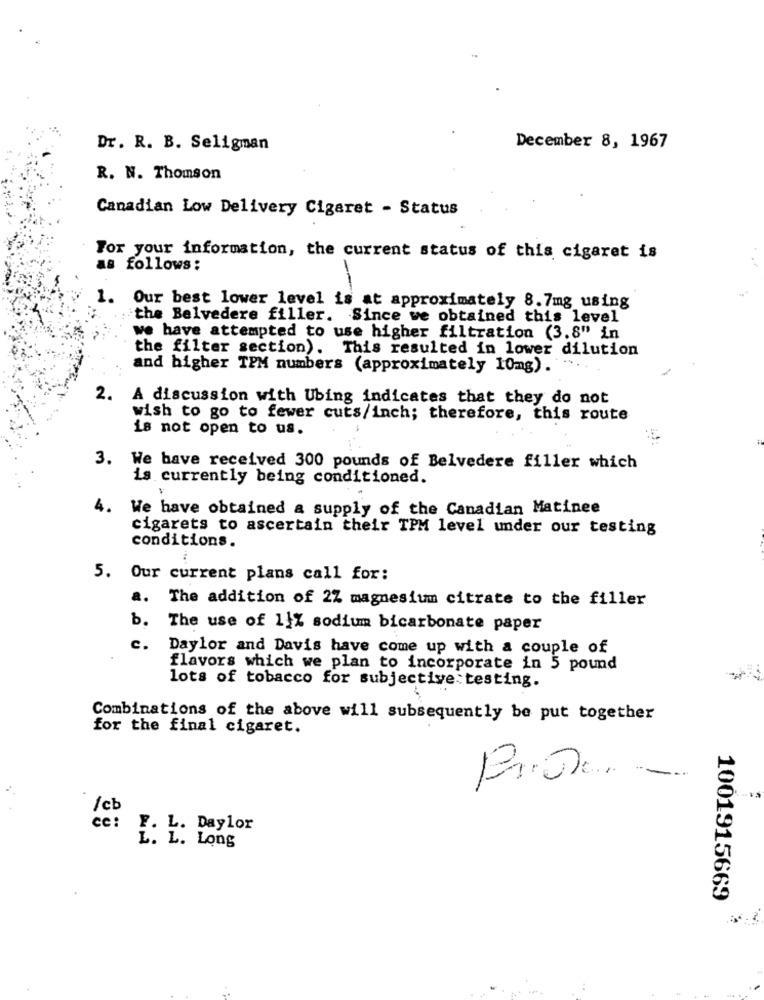
Dr. R. B. Seligman
December 8, 1967
R. N. Thomson
Canadian Low Delivery Cigaret - Status
For your information, the current status of this cigaret is
as follows:
1. Our best lower level is at approximately 8.7mg using
the Belvedere filler. Since we obtained this level
we have attempted to use higher filtration (3.8" in
the filter section). This resulted in lower dilution
and higher TPM numbers (approximately 10mg).
2. A discussion with Ubing indicates that they do not
wish to go to fewer cuts/inch; therefore, this route
is not open to us.
3.
We have received 300 pounds of Belvedere filler which
is currently being conditioned.
4. We have obtained a supply of the Canadian Matinee
cigarets to ascertain their TPM level under our testing
conditions.
5. Our current plans call for:
a.
The addition of 2Z magnesium citrate to the filler
b. The use of 1}% sodium bicarbonate paper
c.
Daylor and Davis have come up with a couple of
flavors which we plan to incorporate in 5 pound
lots of tobacco for subjective testing.
Combinations of the above will subsequently be put together
for the final cigaret.
/ cb
cc :
L. Daylor
. L. Long
1001915669